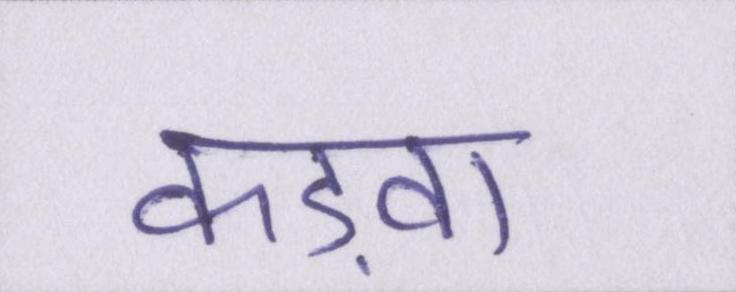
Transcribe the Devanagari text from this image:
कड़वा